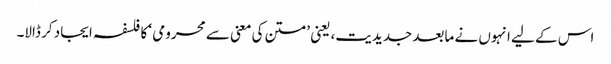
اس کے لیے انہوں نے مابعد جدیدیت، یعنی ’متن کی معنی سے محرومی ‘ کا فلسفہ ایجاد کر ڈالا۔